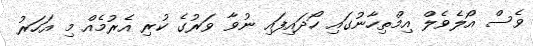
ވެސް އޯލެވެލް އިމްތިހާނުގައި ހޯދައިފައި ނުވާ ވަރުގެ ކުރި އެރުމެއް މި އަހަރު